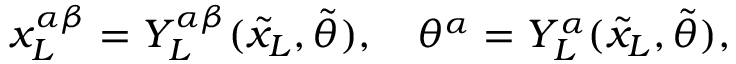
{ x _ { L } ^ { \alpha \beta } } = Y _ { L } ^ { \alpha \beta } ( { \tilde { x } _ { L } } , { \tilde { \theta } } ) , \quad { \theta ^ { \alpha } } = Y _ { L } ^ { \alpha } ( { \tilde { x } _ { L } } , { \tilde { \theta } } ) ,